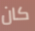
كان